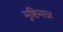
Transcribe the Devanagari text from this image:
मुष्टिमात्र